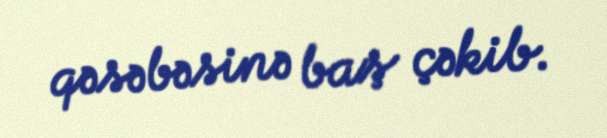
qəsəbəsinə baş çəkib.